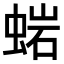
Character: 𧌹